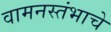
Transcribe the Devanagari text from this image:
वामनस्तंभाचे